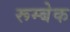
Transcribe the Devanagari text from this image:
रूम्बेक